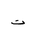
Letter: _ta